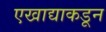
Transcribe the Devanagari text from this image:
एखाद्याकडून